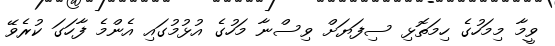
ވީމާ މިމަހުގެ ހިމަތޮޅި ސިފަޔަށް ވިސްނާ މަހުގެ އުޅުމުގައި އެންމެ ފާހަގަ ކުރެވޭ